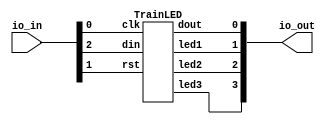
// This program was cloned from: https://github.com/TinyTapeout/tinytapeout-mpw7
// License: Apache License 2.0


`default_nettype none

module user_module_341631485498884690(
  input [7:0] io_in,
  output [7:0] io_out
);

TrainLED LED1 (
    .clk(io_in[0]),
    .rst(io_in[1]),
    .din(io_in[2]),
    .dout(io_out[0]),
    .led1(io_out[1]),
    .led2(io_out[2]),
    .led3(io_out[3])
    );

endmodule


module TrainLED(clk,rst,din,dout,led1,led2,led3);

input clk,rst,din;
output dout;
output led1,led2,led3;

reg [3:0] finecount;
reg outdff;
reg [11:00] shiftregister;
reg [11:00] shiftlatch;
reg [3:0] bitcount;
reg [7:0] resetcount;
reg [3:0] pwmcounter;
reg [1:0] mode;  // 0=receive, 1=forward, 2=reset

PWMEngine PWM1 (.clk(clk),.rst(rst),.counter(pwmcounter),.PW_in(shiftlatch[3:0]),.led(led1));
PWMEngine PWM2 (.clk(clk),.rst(rst),.counter(pwmcounter),.PW_in(shiftlatch[7:4]),.led(led2));
PWMEngine PWM3 (.clk(clk),.rst(rst),.counter(pwmcounter),.PW_in(shiftlatch[11:8]),.led(led3));

    always @(posedge clk)
        if (rst) begin
            finecount <= 0;
            outdff <= 0;
            shiftregister <= 0;
            bitcount <= 0;
            mode <= 0;
            pwmcounter <=0;
            resetcount <=0;
        end
        else begin
            // PWM mastercounter
            pwmcounter <= pwmcounter + 1'b1;

            // data recovery
            if ((finecount < 4'b1011) && (finecount >= 4'b0010))
                    finecount <= finecount + 1'b1;
            else 
                if (din && (finecount < 4'b0010))
                    finecount <= finecount + 1'b1;
                else
                    if (~din)
                        finecount <= 0;

            // state machine
            if (mode == 2'b00) begin          
                // handle data store (mode=0, receive)
                if (finecount == 4'b0110) begin
                    shiftregister <= {shiftregister[10:0], din};
                    bitcount <= bitcount + 1'b1;
                    if (bitcount == 4'b1011)
                        mode <= 2'b01;        
                end
                outdff <= 1'b0;
            end
            else // mode reset
                if ((mode == 2'b10) && (finecount == 4'b0010)) begin
                    mode <= 2'b00;
                    bitcount <= 4'b0000;
                end 
                else begin    
                    // handle data out (forward)        
                    case(finecount)
                        4'b0010: outdff <= 1'b1; 
                        4'b0110: outdff <= din;
                        4'b1010: outdff <= 1'b0;
                    endcase;
                    end

            // Handle reset. 
            // Resetcounter is increased while no bits arrive
            if (finecount <= 4'b0010) begin
                resetcount <= resetcount + 1'b1;
                if (resetcount == 8'd96) begin  // reset after 8 bit times
                    mode <= 2'b10;
                end
            end 
            else 
                resetcount <= 0;
        end

    // Handle PWMlatch
    always@(*)
        if (clk && (pwmcounter == 4'b1111) && (bitcount == 4'b1100) && (mode == 2'b10) ) begin
            shiftlatch <= shiftregister;
        end 

assign dout = outdff;

endmodule

module PWMEngine(clk,rst,PW_in,counter,led);

input [3:0] PW_in;   // 
input [3:0] counter;   // 
input clk;
input rst;
output led;

reg LEDdff;

	always @(posedge clk)
		if (rst) begin
            LEDdff <= 0;
		end
		else begin

            if (counter == PW_in)
                LEDdff <= 1'b0;
            else if (counter == 0)
                LEDdff <= 1'b1;
        end

assign led = LEDdff;

endmodule